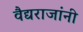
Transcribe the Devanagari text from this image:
वैद्यराजांनी